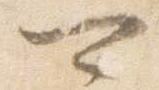
可